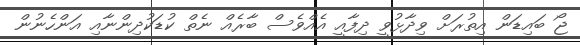
ޖޯ ބައިޑަން އިތުރަށް ވިދާޅުވީ ދިފާއީ އެއްވެސް ބާރެއް ނެތް ކުޑަކުދިންނާއި އަންހެނުން